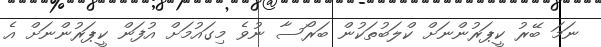
ނަމަ ބޭރު ކީޕަރުންނަށް ކްލަބުތަކުން ބަރޯސާ ނުވެ މިގައުމަށް އުފަން ކީޕަރުންނަށް އެ